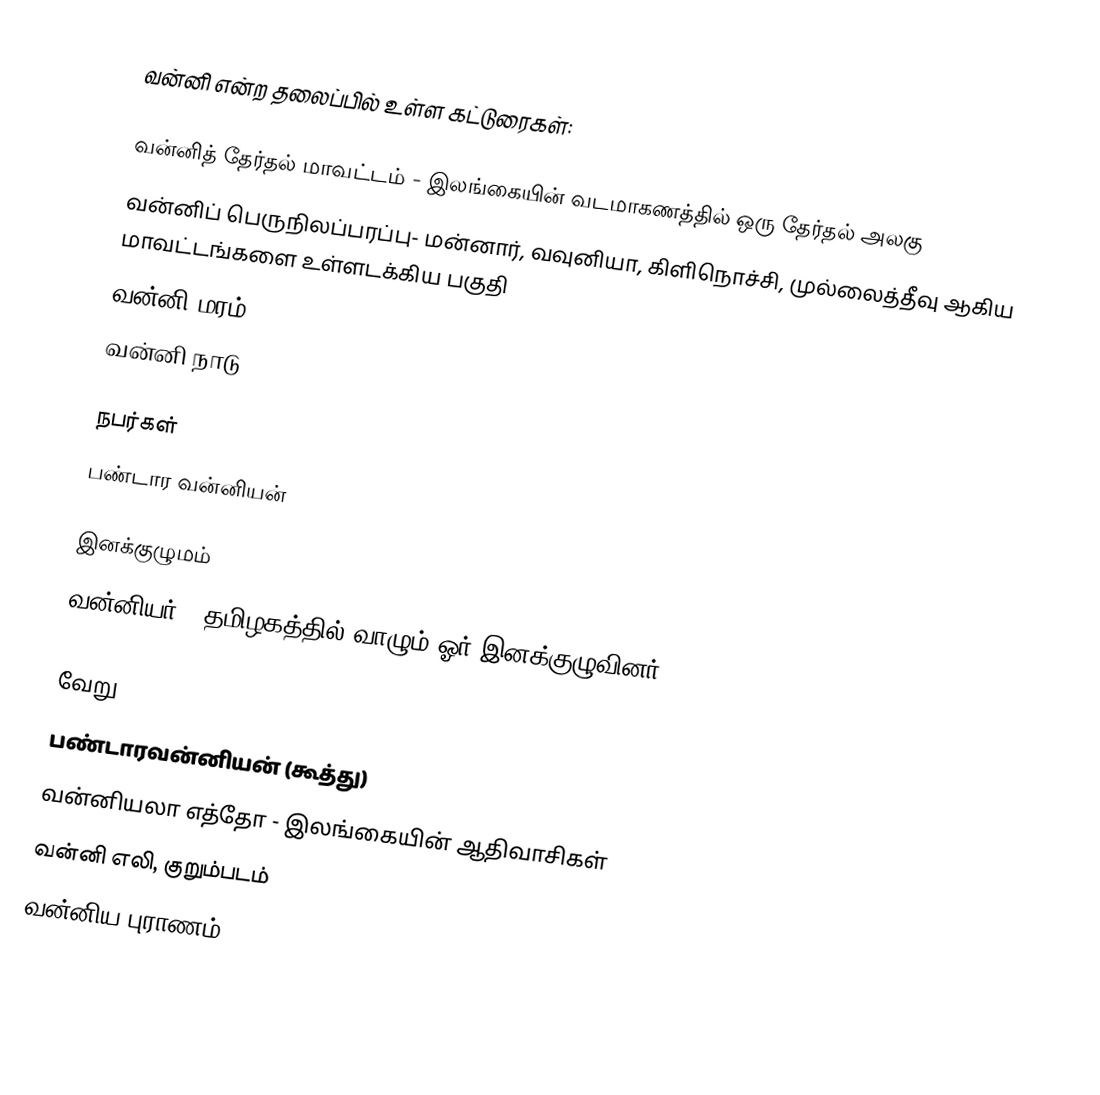
வன்னி என்ற தலைப்பில் உள்ள கட்டுரைகள்:

 வன்னித் தேர்தல் மாவட்டம் - இலங்கையின் வடமாகணத்தில் ஒரு தேர்தல் அலகு
 வன்னிப் பெருநிலப்பரப்பு- மன்னார், வவுனியா, கிளிநொச்சி, முல்லைத்தீவு ஆகிய மாவட்டங்களை உள்ளடக்கிய பகுதி
 வன்னி மரம்
 வன்னி நாடு

நபர்கள்
 பண்டார வன்னியன்

இனக்குழுமம்
 வன்னியர் - தமிழகத்தில் வாழும் ஓர் இனக்குழுவினர்

வேறு
 பண்டாரவன்னியன் (கூத்து)
 வன்னியலா எத்தோ - இலங்கையின் ஆதிவாசிகள்
 வன்னி எலி, குறும்படம்
 வன்னிய புராணம்